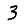
Digit: 3